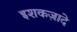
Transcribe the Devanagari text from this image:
इशकज़ादे